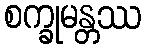
စက္ခုမန္တဿ